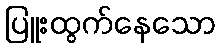
ပြူးထွက်နေသော